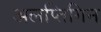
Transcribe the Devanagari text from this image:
अलप्तिगिन